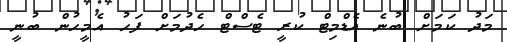
މަދު ކަމަށް ބުނެ އެޑްމިޓް ކުރީ ޓެސްޓް ހެދުމަށް ފަހު އެމީހުން ބުނީ